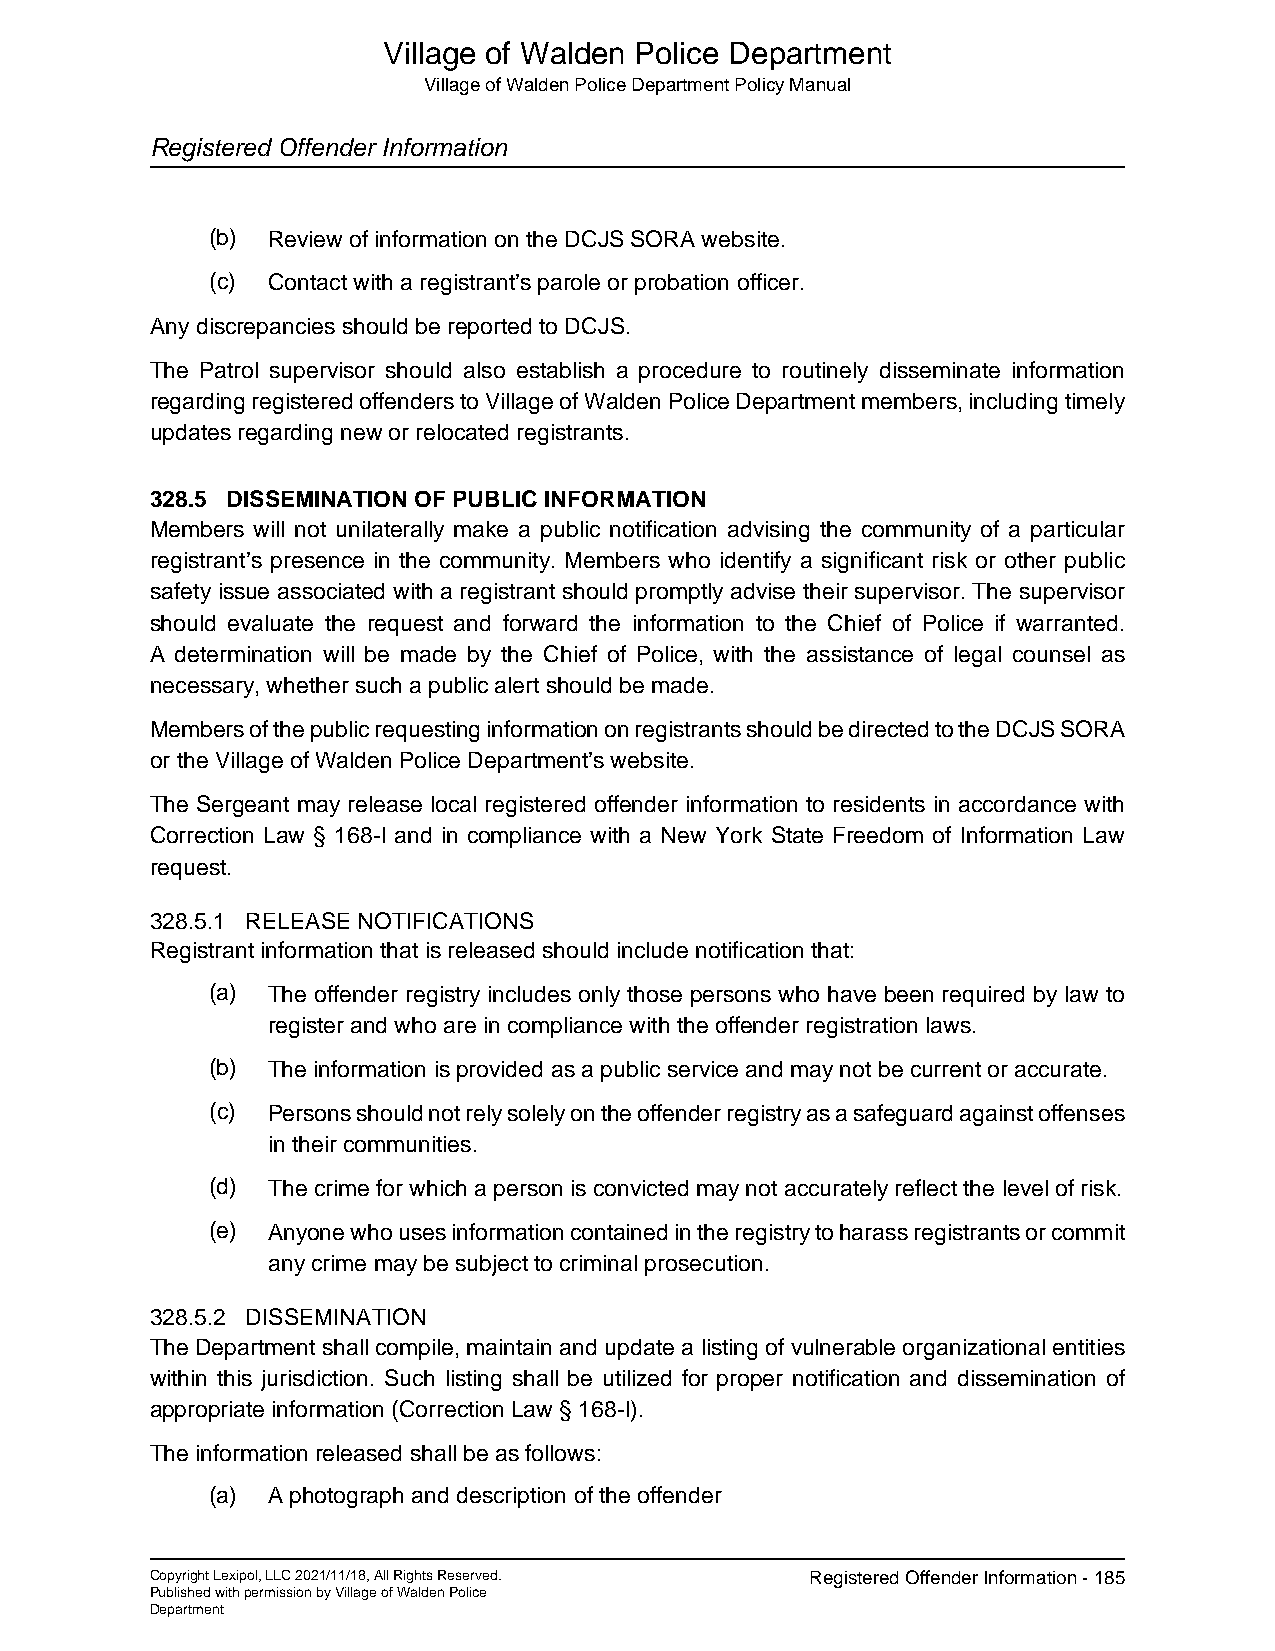
Village of Walden Police Department
 Village of Walden Police Department Policy Manual
 Registered Offender Information
 (b) Review of information on the DCJS SORA website.
 (c) Contact with a registrant’s parole or probation officer.
 Any discrepancies should be reported to DCJS.
 The Patrol supervisor should also establish a procedure to routinely disseminate information
 regarding registered offenders to Village of Walden Police Department members, including timely
 updates regarding new or relocated registrants.
 328.5 DISSEMINATION OF PUBLIC INFORMATION
 Members will not unilaterally make a public notification advising the community of a particular
 registrant’s presence in the community. Members who identify a significant risk or other public
 safety issue associated with a registrant should promptly advise their supervisor. The supervisor
 should evaluate the request and forward the information to the Chief of Police if warranted.
 A determination will be made by the Chief of Police, with the assistance of legal counsel as
 necessary, whether such a public alert should be made.
 Members of the public requesting information on registrants should be directed to the DCJS SORA
 or the Village of Walden Police Department’s website.
 The Sergeant may release local registered offender information to residents in accordance with
 Correction Law § 168-l and in compliance with a New York State Freedom of Information Law
 request.
 328.5.1 RELEASE NOTIFICATIONS
 Registrant information that is released should include notification that:
 (a) The offender registry includes only those persons who have been required by law to
 register and who are in compliance with the offender registration laws.
 (b) The information is provided as a public service and may not be current or accurate.
 (c) Persons should not rely solely on the offender registry as a safeguard against offenses
 in their communities.
 (d) The crime for which a person is convicted may not accurately reflect the level of risk.
 (e) Anyone who uses information contained in the registry to harass registrants or commit
 any crime may be subject to criminal prosecution.
 328.5.2 DISSEMINATION
 The Department shall compile, maintain and update a listing of vulnerable organizational entities
 within this jurisdiction. Such listing shall be utilized for proper notification and dissemination of
 appropriate information (Correction Law § 168-l).
 The information released shall be as follows:
 (a) A photograph and description of the offender
 Copyright Lexipol, LLC 2021/11/18, All Rights Reserved. Registered Offender Information - 185
 Published with permission by Village of Walden Police
 Department